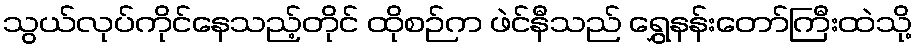
သွယ်လုပ်ကိုင်နေသည့်တိုင် ထိုစဉ်က ဖဲင်နီသည် ရွှေနန်းတော်ကြီးထဲသို့